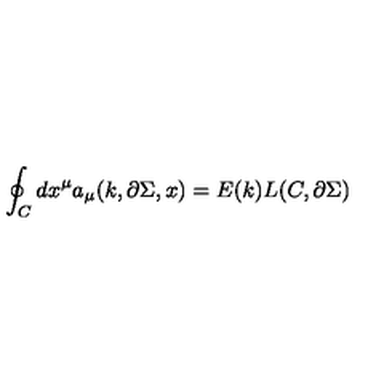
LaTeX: \oint _ { C } d x ^ { \mu } a _ { \mu } ( k , \partial \Sigma , x ) = E ( k ) L ( C , \partial \Sigma )